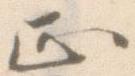
正